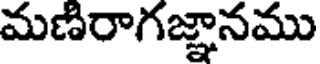
మణిరాగజ్ఞానము